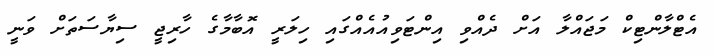
އެޓްލާންޓިކް މަޖައްލާ އަށް ދެއްވި އިންޓަވިއުއެއްގައި ހިލަރީ އޮބާމާގެ ހާރިޖީ ސިޔާސަތަށް ވަނީ